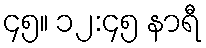
၄၅။ ၁၂:၄၅ နာရီ